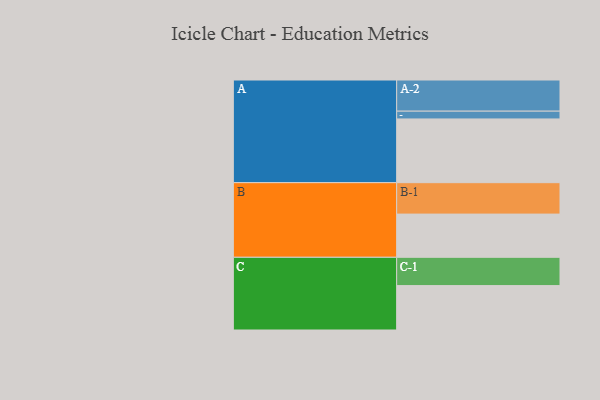
{"axis": {"x": "Segment", "y": "Value"}, "legend": ["", "A", "B", "C"], "data": [{"x": "A", "y": 491, "type": ""}, {"x": "B", "y": 333, "type": ""}, {"x": "C", "y": 342, "type": ""}, {"x": "A-1", "y": 60, "type": "A"}, {"x": "A-2", "y": 240, "type": "A"}, {"x": "B-1", "y": 242, "type": "B"}, {"x": "C-1", "y": 218, "type": "C"}]}